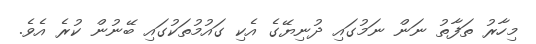
މިހާރު ތަފާތު ނަން ނަމުގައި ދުނިޔޭގެ އެކި ގައުމުތަކުގައި ބޭނުން ކުރެ އެވެ.